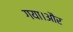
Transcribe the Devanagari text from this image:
गया।और